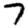
Digit: 7